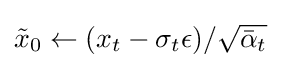
{\tilde {x}}_{0}\leftarrow (x_{t}-\sigma _{t}\epsilon )/{\sqrt {{\bar {\alpha }}_{t}}}